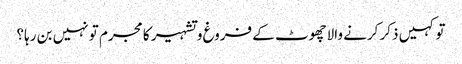
تو کہیں ذکر کرنے والاچھوٹ کے فروغ و تشہیر کا مجرم تو نہیں بن رہا؟